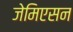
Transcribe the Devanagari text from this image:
जेमिएसन